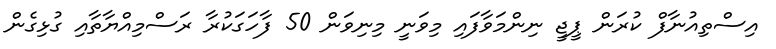
އިސްތިއުނާފް ކުރަން ޕީޖީ ނިންމަވާފައި މިވަނީ މިނިވަން 50 ފާހަގަކުރާ ރަސްމިއްޔާތާއި ގުޅިގެން